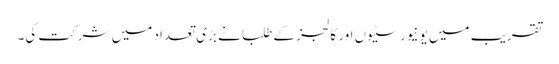
تقریب میں یونیورسٹیوں اور کالجز کے طلبا نے بڑی تعداد میں شرکت کی۔